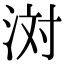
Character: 𪶊